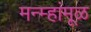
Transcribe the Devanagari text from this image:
मन्म्हांमूळ